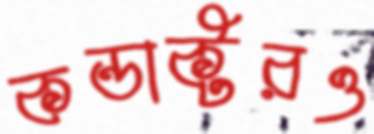
কন্ডাক্টরও